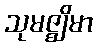
သုမဇ္ဈိမာ